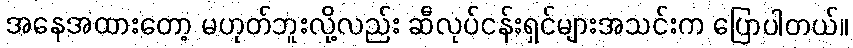
အနေအထားတော့ မဟုတ်ဘူးလို့လည်း ဆီလုပ်ငန်းရှင်များအသင်းက ပြောပါတယ်။